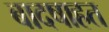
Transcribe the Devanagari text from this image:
बादषाहत